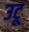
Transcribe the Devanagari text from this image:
उटू